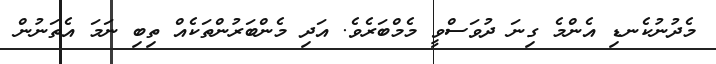
މެދުނުކެނޑި އެންމެ ގިނަ ދުވަސްވީ މެމްބަރެވެ. އަދި މެންބަރުންތަކެއް ތިބި ނަމަ އެތަނުން